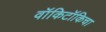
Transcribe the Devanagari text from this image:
वॉकिटॉकिचा